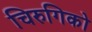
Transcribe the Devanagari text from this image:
चिरुगिको